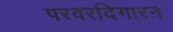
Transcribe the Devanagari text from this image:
परवरदिगारन